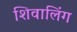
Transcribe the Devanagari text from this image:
शिवालिंग